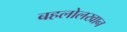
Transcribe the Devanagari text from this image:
बहलोलखान